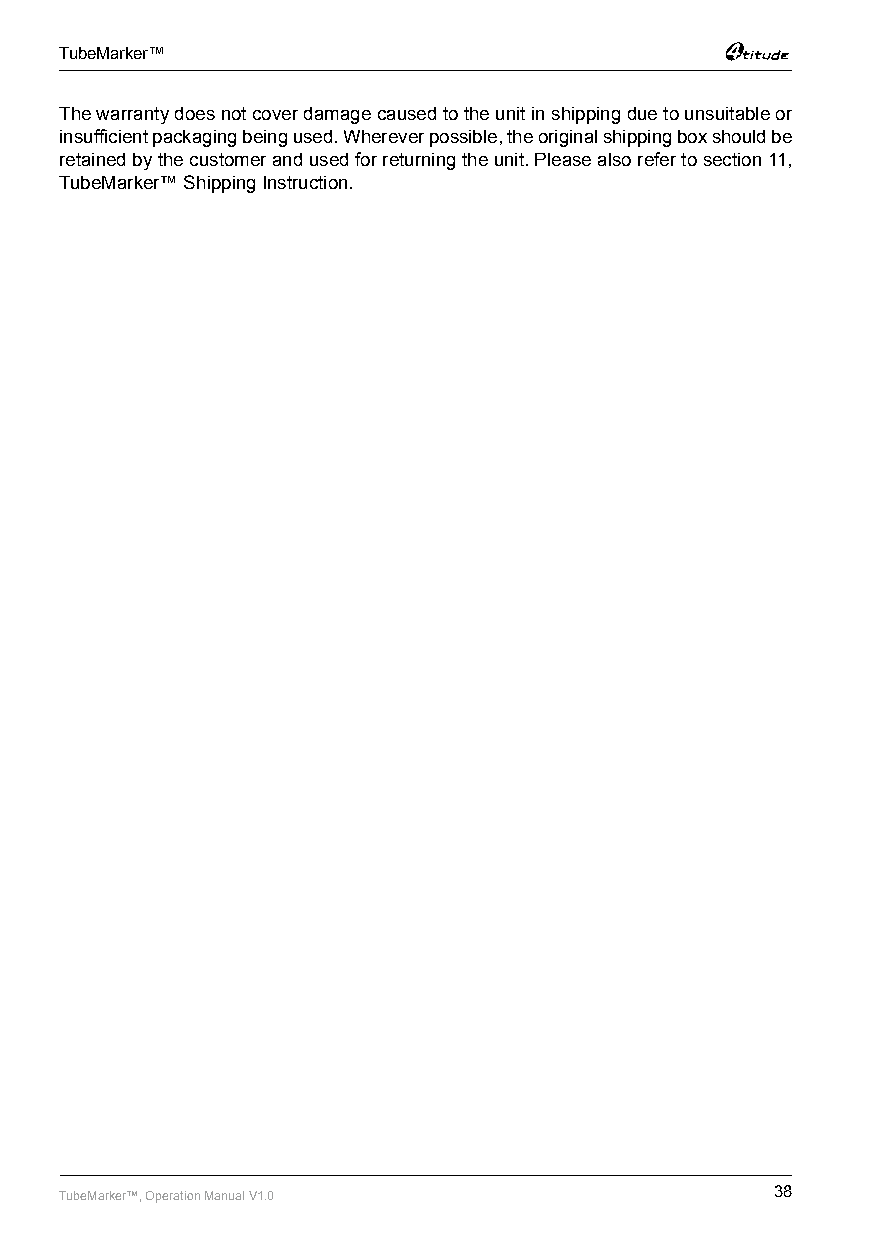
TubeMarker™
 The warranty does not cover damage caused to the unit in shipping due to unsuitable or
 insufficient packaging being used. Wherever possible, the original shipping box should be
 retained by the customer and used for returning the unit. Please also refer to section 11,
 TubeMarker™ Shipping Instruction.
 TubeMarker™, Operation Manual V1.0             38